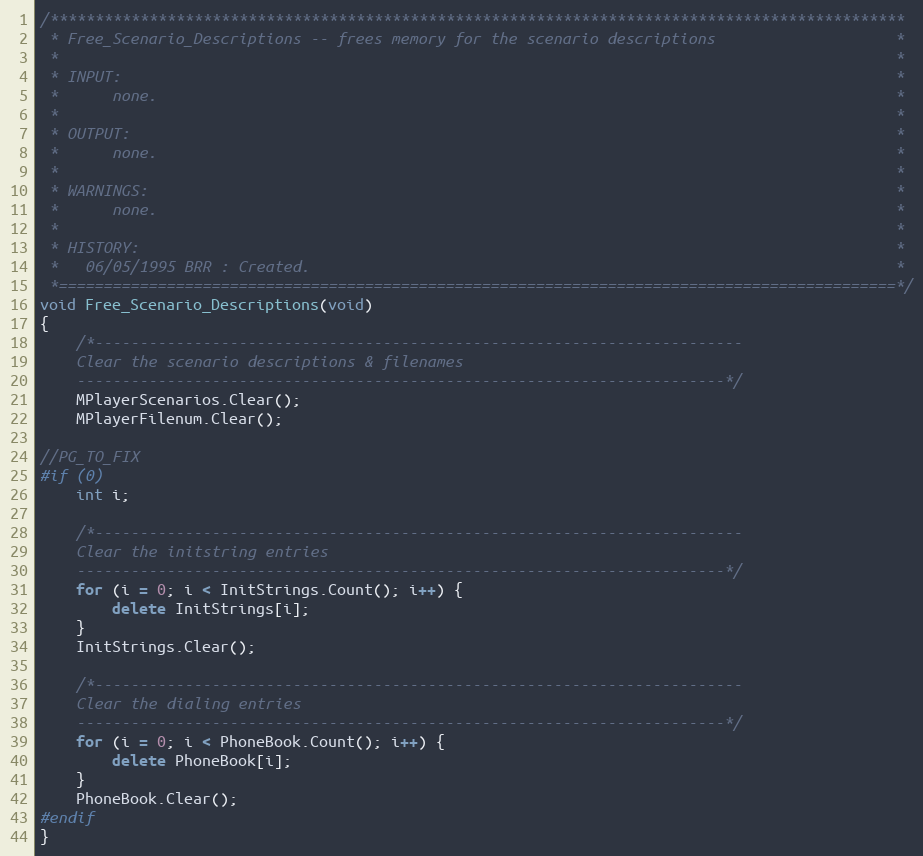
Language: C++
/***********************************************************************************************
 * Free_Scenario_Descriptions -- frees memory for the scenario descriptions                    *
 *                                                                                             *
 * INPUT:                                                                                      *
 *      none.                                                                                  *
 *                                                                                             *
 * OUTPUT:                                                                                     *
 *      none.                                                                                  *
 *                                                                                             *
 * WARNINGS:                                                                                   *
 *      none.                                                                                  *
 *                                                                                             *
 * HISTORY:                                                                                    *
 *   06/05/1995 BRR : Created.                                                                 *
 *=============================================================================================*/
void Free_Scenario_Descriptions(void)
{
	/*------------------------------------------------------------------------
	Clear the scenario descriptions & filenames
	------------------------------------------------------------------------*/
	MPlayerScenarios.Clear();
	MPlayerFilenum.Clear();

//PG_TO_FIX
#if (0)
	int i;

	/*------------------------------------------------------------------------
	Clear the initstring entries
	------------------------------------------------------------------------*/
	for (i = 0; i < InitStrings.Count(); i++) {
		delete InitStrings[i];
	}
	InitStrings.Clear();

	/*------------------------------------------------------------------------
	Clear the dialing entries
	------------------------------------------------------------------------*/
	for (i = 0; i < PhoneBook.Count(); i++) {
		delete PhoneBook[i];
	}
	PhoneBook.Clear();
#endif
}